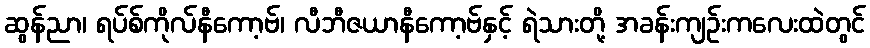
ဆွန်ညာ၊ ရပ်စ်ကိုလ်နီကော့ဗ်၊ လီဘီဇယာနီကော့ဗ်နှင့် ရဲသားတို့ အခန်းကျဉ်းကလေးထဲတွင်